Lock hospitals Punjab
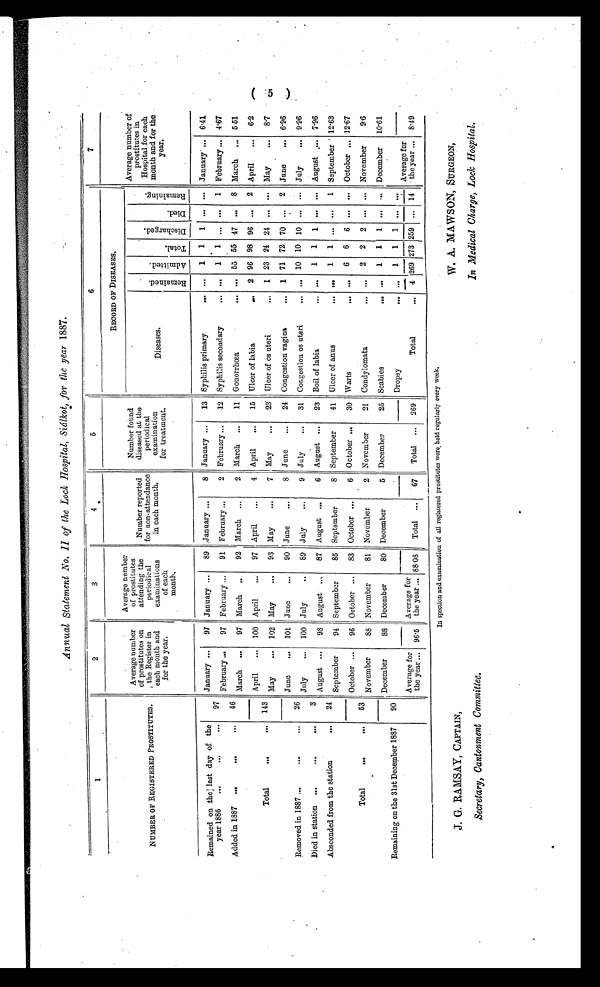
W. A. MAWSON, SURGEON,
In Medical Charge, Lock Hospital.
(5)
Annual Statement No. II of the Loch Hospital, Siálkot, for the year 1887.
1
2
3
4
5
6
7
NUMBER OF REGISTERED PROSTITUTES.
Average number
of prostitutes on
the Register in
each month and
for the year.
Average number
of prostitutes
attending the
periodical
examinations
of each
month.
Number reported
for non-attendance
in each month.
Number found
diseased at the
periodical
examination
for treatment.
RECORD OF DISEASES.
Average number of
prostitutes in
Hospital for each
month and for the
year.
Diseases.
R e m a i n e d .
A d m i t t e d .
T o t a l . Di scharged. D i e d .
R e m a i n i n g .
Remained on the last day of the
year 1886
97
January
97 January
89 January
8 January
13 Syphilis primary
. . .
1 1 1 ... ... January.
6·41
February
97 February
91 February
2 February
12 Syphilis secondary
. . .
1 1 . . . ... 1 February
4·67
Added in 1887
46 March
97 March
92 March
2 March
11 Gonorrhœa
. . . 55 55 47 ... 8 March
5·51
Total
143
April
100 April
97 April
4 April
15 Ulcer of labia
2 96 98 96 ... 2 April
6 · 2
May
102 May
93 May
7 May
23 Ulcer of os uteri
1 23 24 24 ... ... May
8·7
Removed in 1887
26
June
101 June
90 June
8 June
24 Congestion vagina
1 71 72 70 ... 2 June
6·96
July
100 July
89 July
9 July
31 Congestion os uteri
. . . 10 10 10 ... ... July
9·96
Died in station
3 August
98 August
87 August
6 August
23 Boil of labia
. . .
1 1 1 ... ... August
7· 96
Absconded from the station
24 September
94 September
85 September
8 September
41 Ulcer of anus
. . . 1 1 ... ... 1 September 12·63
Total
53
October
96 October
83 October
6 October
30 Warts
. . . 6 6 6 ... . . . October
12·67
November
88 November
81 November
2 November
21 Condylomata
. . .
2 2 2 ... ... November
9·6
Remaining on the 31st December 1887
90
December
88 December
80 December
5 December
25 Scabies
. . . 1 1 1 ... ... December 10·61
Dropsy
. . . 1 1 1 ... . . .
Average for
the year
96·5
Average for
the year
88·08
Total
67
Total
269
Total
4
2 6 9
2 7 3 2 5 9 ...
14
Average for
the year
8·49
In spection and examination of all registered prostitutes were held regularly every week.
J. G. RAMSAY, CAPTAIN,
Secretary, Cantonment Committee.